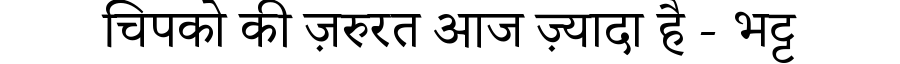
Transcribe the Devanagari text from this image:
चिपको की ज़रुरत आज ज़्यादा है - भट्ट